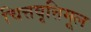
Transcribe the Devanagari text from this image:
चित्तवृत्तिमूल